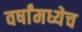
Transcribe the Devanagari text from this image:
वर्षांमध्येच